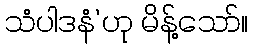
သံပါဒနံ’ဟု မိန့်သော်။